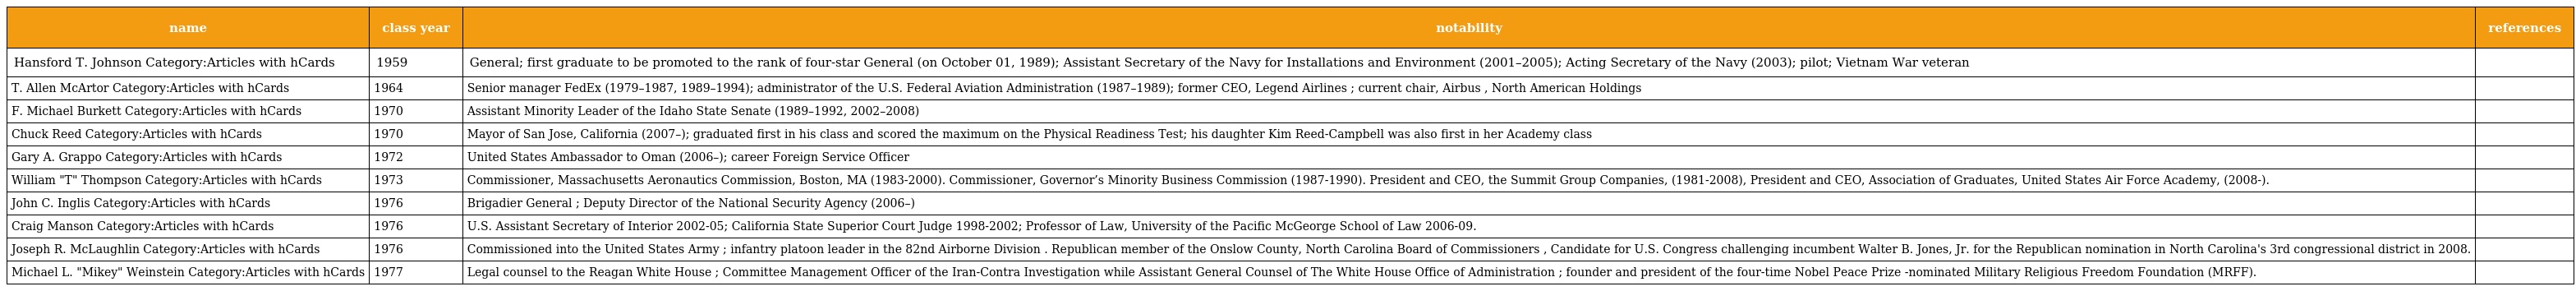
| name | class year | notability | references |
 | --- | --- | --- | --- |
 | Hansford T. Johnson Category:Articles with hCards | 1959 | General; first graduate to be promoted to the rank of four-star General (on October 01, 1989); Assistant Secretary of the Navy for Installations and Environment (2001–2005); Acting Secretary of the Navy (2003); pilot; Vietnam War veteran |  |
 | T. Allen McArtor Category:Articles with hCards | 1964 | Senior manager FedEx (1979–1987, 1989–1994); administrator of the U.S. Federal Aviation Administration (1987–1989); former CEO, Legend Airlines ; current chair, Airbus , North American Holdings |  |
 | F. Michael Burkett Category:Articles with hCards | 1970 | Assistant Minority Leader of the Idaho State Senate (1989–1992, 2002–2008) |  |
 | Chuck Reed Category:Articles with hCards | 1970 | Mayor of San Jose, California (2007–); graduated first in his class and scored the maximum on the Physical Readiness Test; his daughter Kim Reed-Campbell was also first in her Academy class |  |
 | Gary A. Grappo Category:Articles with hCards | 1972 | United States Ambassador to Oman (2006–); career Foreign Service Officer |  |
 | William "T" Thompson Category:Articles with hCards | 1973 | Commissioner, Massachusetts Aeronautics Commission, Boston, MA (1983-2000). Commissioner, Governor’s Minority Business Commission (1987-1990). President and CEO, the Summit Group Companies, (1981-2008), President and CEO, Association of Graduates, United States Air Force Academy, (2008-). |  |
 | John C. Inglis Category:Articles with hCards | 1976 | Brigadier General ; Deputy Director of the National Security Agency (2006–) |  |
 | Craig Manson Category:Articles with hCards | 1976 | U.S. Assistant Secretary of Interior 2002-05; California State Superior Court Judge 1998-2002; Professor of Law, University of the Pacific McGeorge School of Law 2006-09. |  |
 | Joseph R. McLaughlin Category:Articles with hCards | 1976 | Commissioned into the United States Army ; infantry platoon leader in the 82nd Airborne Division . Republican member of the Onslow County, North Carolina Board of Commissioners , Candidate for U.S. Congress challenging incumbent Walter B. Jones, Jr. for the Republican nomination in North Carolina's 3rd congressional district in 2008. |  |
 | Michael L. "Mikey" Weinstein Category:Articles with hCards | 1977 | Legal counsel to the Reagan White House ; Committee Management Officer of the Iran-Contra Investigation while Assistant General Counsel of The White House Office of Administration ; founder and president of the four-time Nobel Peace Prize -nominated Military Religious Freedom Foundation (MRFF). |  |